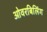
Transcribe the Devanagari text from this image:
ओवरबिलिंग